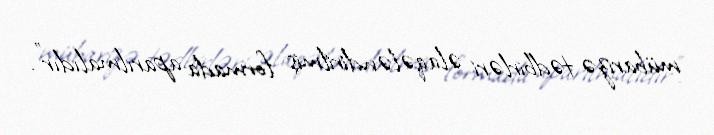
mübarizə tədbirləri əlaqələndirilmiş formada aparılmalıdır".